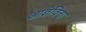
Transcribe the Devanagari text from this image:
आज्ञेविना